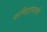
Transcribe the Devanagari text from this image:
फणिंद्रास्वामी